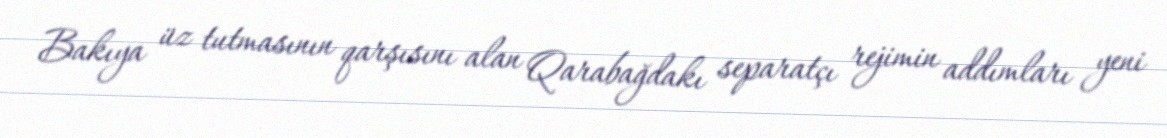
Bakıya üz tutmasının qarşısını alan Qarabağdakı separatçı rejimin addımları yeni